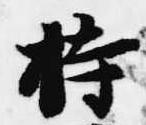
持